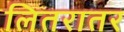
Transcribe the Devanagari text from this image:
लितरातर